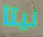
نيتا